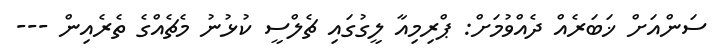
ސަންއަށް ޚަބަރެއް ދެއްވުމަށް: ޕްރިމިއާ ލީގުގައި ޗެލްސީ ކުޅުނު މެޗެއްގެ ތެރެއިން ---